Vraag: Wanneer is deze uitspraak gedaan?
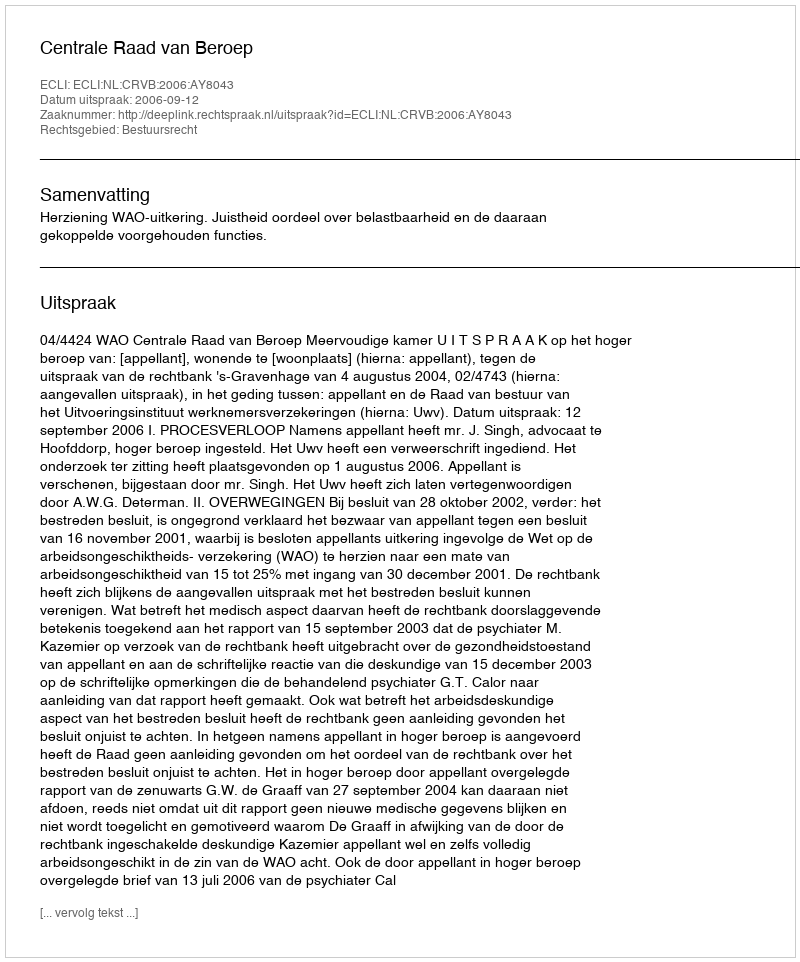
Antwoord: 2006-09-12